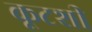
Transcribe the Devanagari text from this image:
कूटशी